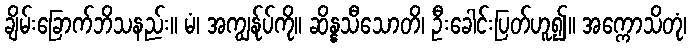
ချိမ်းခြောက်ဘိသနည်း။ မံ၊ အကျွန်ုပ်ကို။ ဆိန္နသီသောတိ၊ ဦးခေါင်းပြတ်ဟူ၍။ အက္ကောသိတုံ၊